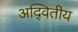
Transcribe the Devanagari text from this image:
अदि्वतीय